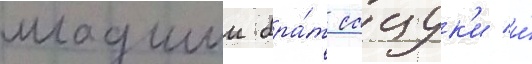
младшии бра́т сацук'и и́